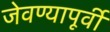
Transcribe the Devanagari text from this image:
जेवण्यापूर्वी